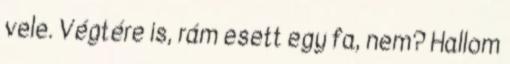
vele. Végtére is, rám esett egy fa, nem? Hallom